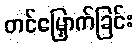
တင်မြှောက်ခြင်း